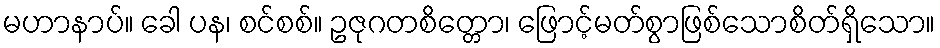
မဟာနာပ်။ ခေါ ပန၊ စင်စစ်။ ဥဇုဂတစိတ္တော၊ ဖြောင့်မတ်စွာဖြစ်သောစိတ်ရှိသော။